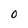
Character: 0